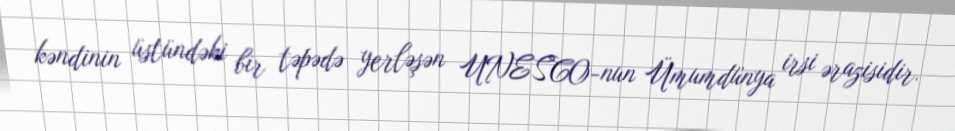
kəndinin üstündəki bir təpədə yerləşən UNESCO-nun Ümumdünya irsi ərazisidir.